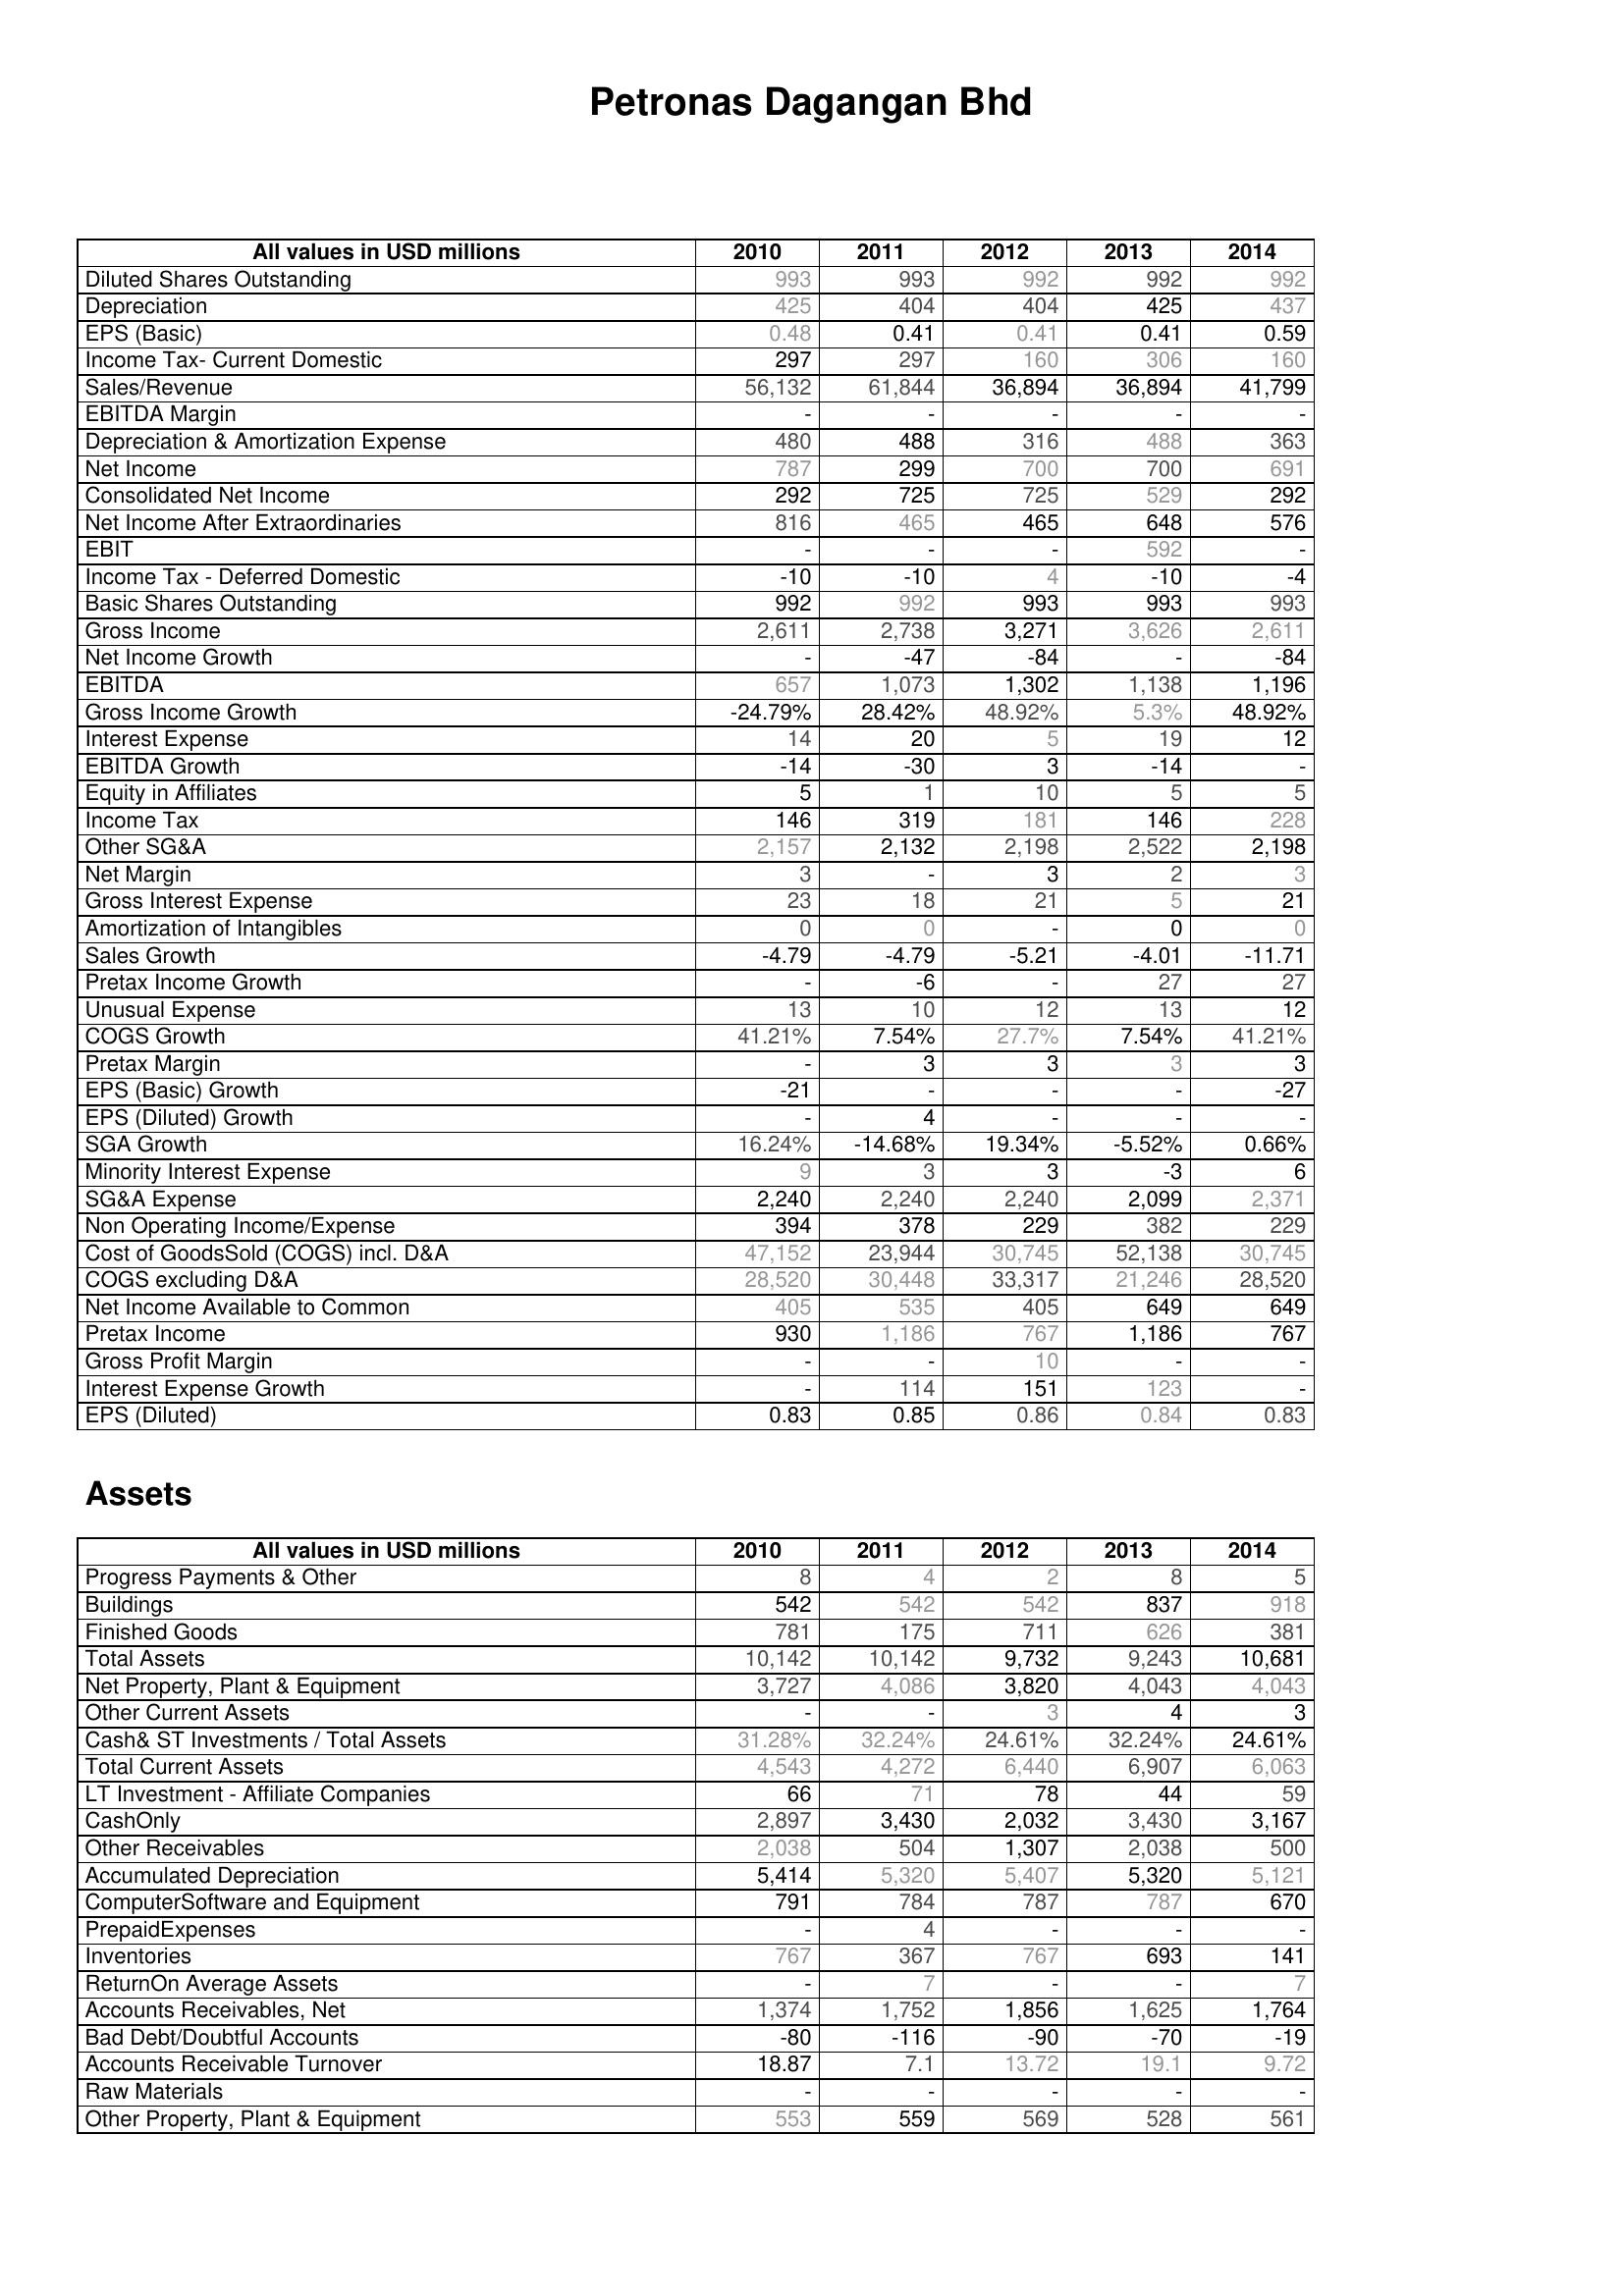
2010: : Diluted Shares Outstanding: 993
Depreciation: 425
EPS (Basic): 0.48
Income Tax- Current Domestic: 297
Sales/Revenue: 56,132
EBITDA Margin: -
Depreciation & Amortization Expense: 480
Net Income: 787
Consolidated Net Income: 292
Net Income After Extraordinaries: 816
EBIT: -
Income Tax - Deferred Domestic: -10
Basic Shares Outstanding: 992
Gross Income: 2,611
Net Income Growth: -
EBITDA: 657
Gross Income Growth: -24.79%
Interest Expense: 14
EBITDA Growth: -14
Equity in Affiliates: 5
Income Tax: 146
Other SG&A: 2,157
Net Margin: 3
Gross Interest Expense: 23
Amortization of Intangibles: 0
Sales Growth: -4.79
Pretax Income Growth: -
Unusual Expense: 13
COGS Growth: 41.21%
Pretax Margin: -
EPS (Basic) Growth: -21
EPS (Diluted) Growth: -
SGA Growth: 16.24%
Minority Interest Expense: 9
SG&A Expense: 2,240
Non Operating Income/Expense: 394
Cost of GoodsSold (COGS) incl. D&A: 47,152
COGS excluding D&A: 28,520
Net Income Available to Common: 405
Pretax Income: 930
Gross Profit Margin: -
Interest Expense Growth: -
EPS (Diluted): 0.83
Assets: Progress Payments & Other: 8
Buildings: 542
Finished Goods: 781
Total Assets: 10,142
Net Property, Plant & Equipment: 3,727
Other Current Assets: -
Cash& ST Investments / Total Assets: 31.28%
Total Current Assets: 4,543
LT Investment - Affiliate Companies: 66
CashOnly: 2,897
Other Receivables: 2,038
Accumulated Depreciation: 5,414
ComputerSoftware and Equipment: 791
PrepaidExpenses: -
Inventories: 767
ReturnOn Average Assets: -
Accounts Receivables, Net: 1,374
Bad Debt/Doubtful Accounts: -80
Accounts Receivable Turnover: 18.87
Raw Materials: -
Other Property, Plant & Equipment: 553
2011: : Diluted Shares Outstanding: 993
Depreciation: 404
EPS (Basic): 0.41
Income Tax- Current Domestic: 297
Sales/Revenue: 61,844
EBITDA Margin: -
Depreciation & Amortization Expense: 488
Net Income: 299
Consolidated Net Income: 725
Net Income After Extraordinaries: 465
EBIT: -
Income Tax - Deferred Domestic: -10
Basic Shares Outstanding: 992
Gross Income: 2,738
Net Income Growth: -47
EBITDA: 1,073
Gross Income Growth: 28.42%
Interest Expense: 20
EBITDA Growth: -30
Equity in Affiliates: 1
Income Tax: 319
Other SG&A: 2,132
Net Margin: -
Gross Interest Expense: 18
Amortization of Intangibles: 0
Sales Growth: -4.79
Pretax Income Growth: -6
Unusual Expense: 10
COGS Growth: 7.54%
Pretax Margin: 3
EPS (Basic) Growth: -
EPS (Diluted) Growth: 4
SGA Growth: -14.68%
Minority Interest Expense: 3
SG&A Expense: 2,240
Non Operating Income/Expense: 378
Cost of GoodsSold (COGS) incl. D&A: 23,944
COGS excluding D&A: 30,448
Net Income Available to Common: 535
Pretax Income: 1,186
Gross Profit Margin: -
Interest Expense Growth: 114
EPS (Diluted): 0.85
Assets: Progress Payments & Other: 4
Buildings: 542
Finished Goods: 175
Total Assets: 10,142
Net Property, Plant & Equipment: 4,086
Other Current Assets: -
Cash& ST Investments / Total Assets: 32.24%
Total Current Assets: 4,272
LT Investment - Affiliate Companies: 71
CashOnly: 3,430
Other Receivables: 504
Accumulated Depreciation: 5,320
ComputerSoftware and Equipment: 784
PrepaidExpenses: 4
Inventories: 367
ReturnOn Average Assets: 7
Accounts Receivables, Net: 1,752
Bad Debt/Doubtful Accounts: -116
Accounts Receivable Turnover: 7.1
Raw Materials: -
Other Property, Plant & Equipment: 559
2012: : Diluted Shares Outstanding: 992
Depreciation: 404
EPS (Basic): 0.41
Income Tax- Current Domestic: 160
Sales/Revenue: 36,894
EBITDA Margin: -
Depreciation & Amortization Expense: 316
Net Income: 700
Consolidated Net Income: 725
Net Income After Extraordinaries: 465
EBIT: -
Income Tax - Deferred Domestic: 4
Basic Shares Outstanding: 993
Gross Income: 3,271
Net Income Growth: -84
EBITDA: 1,302
Gross Income Growth: 48.92%
Interest Expense: 5
EBITDA Growth: 3
Equity in Affiliates: 10
Income Tax: 181
Other SG&A: 2,198
Net Margin: 3
Gross Interest Expense: 21
Amortization of Intangibles: -
Sales Growth: -5.21
Pretax Income Growth: -
Unusual Expense: 12
COGS Growth: 27.7%
Pretax Margin: 3
EPS (Basic) Growth: -
EPS (Diluted) Growth: -
SGA Growth: 19.34%
Minority Interest Expense: 3
SG&A Expense: 2,240
Non Operating Income/Expense: 229
Cost of GoodsSold (COGS) incl. D&A: 30,745
COGS excluding D&A: 33,317
Net Income Available to Common: 405
Pretax Income: 767
Gross Profit Margin: 10
Interest Expense Growth: 151
EPS (Diluted): 0.86
Assets: Progress Payments & Other: 2
Buildings: 542
Finished Goods: 711
Total Assets: 9,732
Net Property, Plant & Equipment: 3,820
Other Current Assets: 3
Cash& ST Investments / Total Assets: 24.61%
Total Current Assets: 6,440
LT Investment - Affiliate Companies: 78
CashOnly: 2,032
Other Receivables: 1,307
Accumulated Depreciation: 5,407
ComputerSoftware and Equipment: 787
PrepaidExpenses: -
Inventories: 767
ReturnOn Average Assets: -
Accounts Receivables, Net: 1,856
Bad Debt/Doubtful Accounts: -90
Accounts Receivable Turnover: 13.72
Raw Materials: -
Other Property, Plant & Equipment: 569
2013: : Diluted Shares Outstanding: 992
Depreciation: 425
EPS (Basic): 0.41
Income Tax- Current Domestic: 306
Sales/Revenue: 36,894
EBITDA Margin: -
Depreciation & Amortization Expense: 488
Net Income: 700
Consolidated Net Income: 529
Net Income After Extraordinaries: 648
EBIT: 592
Income Tax - Deferred Domestic: -10
Basic Shares Outstanding: 993
Gross Income: 3,626
Net Income Growth: -
EBITDA: 1,138
Gross Income Growth: 5.3%
Interest Expense: 19
EBITDA Growth: -14
Equity in Affiliates: 5
Income Tax: 146
Other SG&A: 2,522
Net Margin: 2
Gross Interest Expense: 5
Amortization of Intangibles: 0
Sales Growth: -4.01
Pretax Income Growth: 27
Unusual Expense: 13
COGS Growth: 7.54%
Pretax Margin: 3
EPS (Basic) Growth: -
EPS (Diluted) Growth: -
SGA Growth: -5.52%
Minority Interest Expense: -3
SG&A Expense: 2,099
Non Operating Income/Expense: 382
Cost of GoodsSold (COGS) incl. D&A: 52,138
COGS excluding D&A: 21,246
Net Income Available to Common: 649
Pretax Income: 1,186
Gross Profit Margin: -
Interest Expense Growth: 123
EPS (Diluted): 0.84
Assets: Progress Payments & Other: 8
Buildings: 837
Finished Goods: 626
Total Assets: 9,243
Net Property, Plant & Equipment: 4,043
Other Current Assets: 4
Cash& ST Investments / Total Assets: 32.24%
Total Current Assets: 6,907
LT Investment - Affiliate Companies: 44
CashOnly: 3,430
Other Receivables: 2,038
Accumulated Depreciation: 5,320
ComputerSoftware and Equipment: 787
PrepaidExpenses: -
Inventories: 693
ReturnOn Average Assets: -
Accounts Receivables, Net: 1,625
Bad Debt/Doubtful Accounts: -70
Accounts Receivable Turnover: 19.1
Raw Materials: -
Other Property, Plant & Equipment: 528
2014: : Diluted Shares Outstanding: 992
Depreciation: 437
EPS (Basic): 0.59
Income Tax- Current Domestic: 160
Sales/Revenue: 41,799
EBITDA Margin: -
Depreciation & Amortization Expense: 363
Net Income: 691
Consolidated Net Income: 292
Net Income After Extraordinaries: 576
EBIT: -
Income Tax - Deferred Domestic: -4
Basic Shares Outstanding: 993
Gross Income: 2,611
Net Income Growth: -84
EBITDA: 1,196
Gross Income Growth: 48.92%
Interest Expense: 12
EBITDA Growth: -
Equity in Affiliates: 5
Income Tax: 228
Other SG&A: 2,198
Net Margin: 3
Gross Interest Expense: 21
Amortization of Intangibles: 0
Sales Growth: -11.71
Pretax Income Growth: 27
Unusual Expense: 12
COGS Growth: 41.21%
Pretax Margin: 3
EPS (Basic) Growth: -27
EPS (Diluted) Growth: -
SGA Growth: 0.66%
Minority Interest Expense: 6
SG&A Expense: 2,371
Non Operating Income/Expense: 229
Cost of GoodsSold (COGS) incl. D&A: 30,745
COGS excluding D&A: 28,520
Net Income Available to Common: 649
Pretax Income: 767
Gross Profit Margin: -
Interest Expense Growth: -
EPS (Diluted): 0.83
Assets: Progress Payments & Other: 5
Buildings: 918
Finished Goods: 381
Total Assets: 10,681
Net Property, Plant & Equipment: 4,043
Other Current Assets: 3
Cash& ST Investments / Total Assets: 24.61%
Total Current Assets: 6,063
LT Investment - Affiliate Companies: 59
CashOnly: 3,167
Other Receivables: 500
Accumulated Depreciation: 5,121
ComputerSoftware and Equipment: 670
PrepaidExpenses: -
Inventories: 141
ReturnOn Average Assets: 7
Accounts Receivables, Net: 1,764
Bad Debt/Doubtful Accounts: -19
Accounts Receivable Turnover: 9.72
Raw Materials: -
Other Property, Plant & Equipment: 561